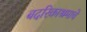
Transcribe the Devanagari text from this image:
बदरिकाश्रमाचे